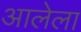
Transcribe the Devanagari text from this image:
अालेला